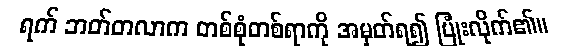
ရက် ဘတ်တလာက တစ်စုံတစ်ရာကို အမှတ်ရ၍ ပြုံးလိုက်၏။